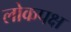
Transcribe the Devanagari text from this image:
लोकपक्ष